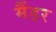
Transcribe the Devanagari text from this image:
मैंडर